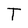
Character: T